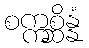
စက္ကစ္ဆိန္နံ